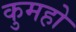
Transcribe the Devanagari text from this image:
कुमहो